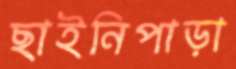
ছাইনিপাড়া